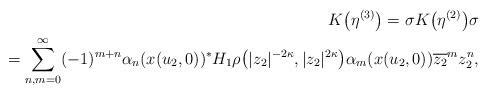
LaTeX: \begin{align*}K\big( \eta^{(3) }\big) =\sigma K\big( \eta^{(2) }\big) \sigma\\\hphantom{K\big( \eta^{(3) }\big)}{} =\sum_{n,m=0}^{\infty}(-1)^{m+n}\alpha_{n}(x(u_{2},0)) ^{\ast}H_{1}\rho\big(\vert z_{2}\vert ^{-2\kappa},\vert z_{2}\vert ^{2\kappa}\big) \alpha_{m}(x( u_{2},0)) \overline{z_{2}}^{m}z_{2}^{n},\end{align*}